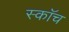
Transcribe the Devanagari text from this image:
स्काॅच